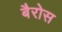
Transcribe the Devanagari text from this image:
बैरोस